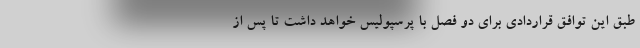
طبق این توافق قراردادی برای دو فصل با پرسپولیس خواهد داشت تا پس از